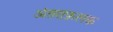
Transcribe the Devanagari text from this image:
अंतराफ़लक